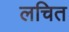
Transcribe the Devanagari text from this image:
लचित